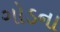
ગોડના